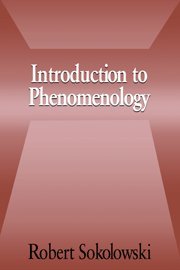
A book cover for Introduction to Phenomenology; Robert Sokolowski; Politics & Social Sciences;